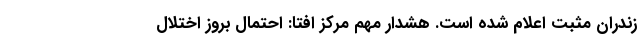
زندران مثبت اعلام شده است. هشدار مهم مرکز افتا: احتمال بروز اختلال